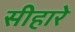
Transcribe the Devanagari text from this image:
सीहारे